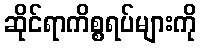
ဆိုင်ရာကိစ္စရပ်များကို